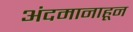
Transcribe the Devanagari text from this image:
अंदमानाहून